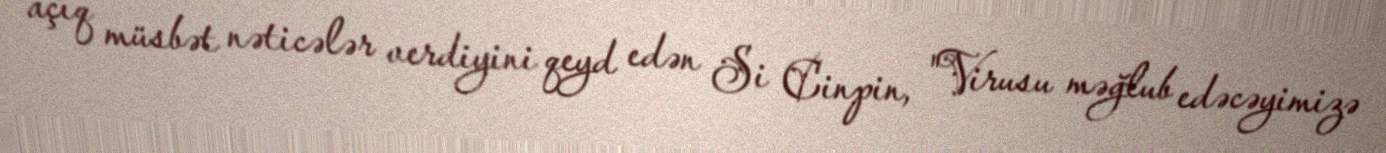
açıq müsbət nəticələr verdiyini qeyd edən Si Cinpin, "Virusu məğlub edəcəyimizə